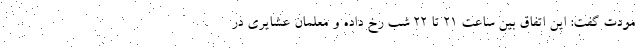
مودت گفت: این اتفاق بین ساعت ۲۱ تا ۲۲ شب رخ داده و معلمان عشایری در